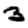
Digit: 3